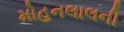
મોહનલાલની